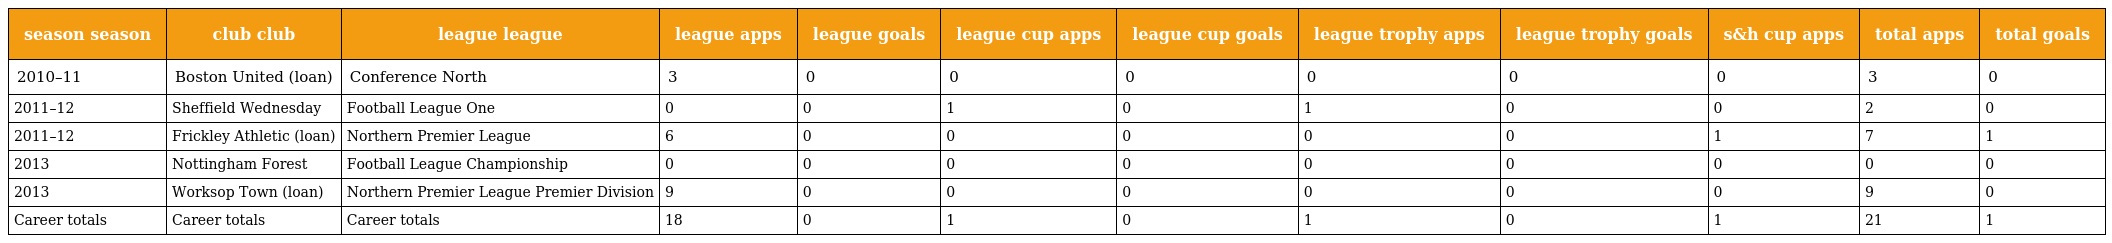
| season season | club club | league league | league apps | league goals | league cup apps | league cup goals | league trophy apps | league trophy goals | s&h cup apps | total apps | total goals |
 | --- | --- | --- | --- | --- | --- | --- | --- | --- | --- | --- | --- |
 | 2010–11 | Boston United (loan) | Conference North | 3 | 0 | 0 | 0 | 0 | 0 | 0 | 3 | 0 |
 | 2011–12 | Sheffield Wednesday | Football League One | 0 | 0 | 1 | 0 | 1 | 0 | 0 | 2 | 0 |
 | 2011–12 | Frickley Athletic (loan) | Northern Premier League | 6 | 0 | 0 | 0 | 0 | 0 | 1 | 7 | 1 |
 | 2013 | Nottingham Forest | Football League Championship | 0 | 0 | 0 | 0 | 0 | 0 | 0 | 0 | 0 |
 | 2013 | Worksop Town (loan) | Northern Premier League Premier Division | 9 | 0 | 0 | 0 | 0 | 0 | 0 | 9 | 0 |
 | Career totals | Career totals | Career totals | 18 | 0 | 1 | 0 | 1 | 0 | 1 | 21 | 1 |